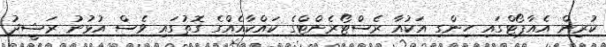
ކުރިން އެއާޕޯޓްގައި ހިންގި އަކުއާ ރެސްޓޯރެންޓްގެ ކައްކާއެއްގެ ގޮތުގައި ވެސް އުޅުނު ރަޝީދު